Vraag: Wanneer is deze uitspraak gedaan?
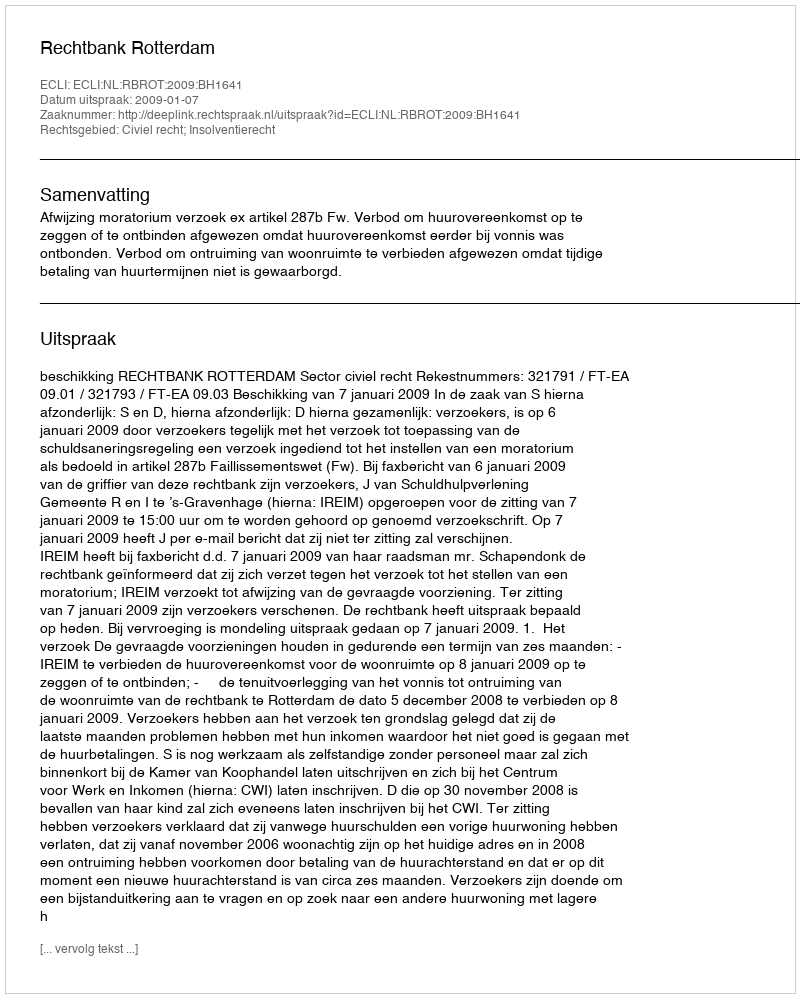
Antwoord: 2009-01-07